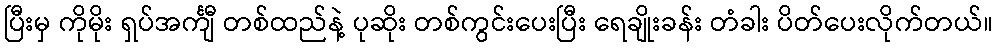
ပြီးမှ ကိုမိုး ရှပ်အင်္ကျီ တစ်ထည်နဲ့ ပုဆိုး တစ်ကွင်းပေးပြီး ရေချိုးခန်း တံခါး ပိတ်ပေးလိုက်တယ်။